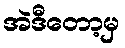
အဲဒီတော့မှ